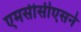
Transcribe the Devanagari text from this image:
एमसीसीएसने